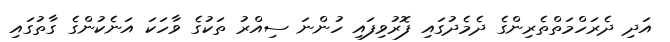
އަދި ދެރަހްމަތްތެރިންގެ ދެމެދުގައި ފޮރުވިފައި ހުންނަ ސިއްރު ތަކުގެ ވާހަކަ އަނެކުންގެ ގާތުގައި